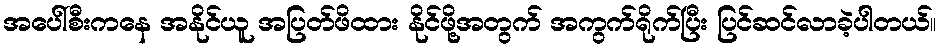
အပေါ်စီးကနေ အနိုင်ယူ အပြတ်ဖိထား နိုင်ဖို့အတွက် အကွက်ရိုက်ပြီး ပြင်ဆင်လာခဲ့ပါတယ်။